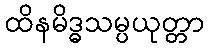
ထိနမိဒ္ဓသမ္ပယုတ္တာ